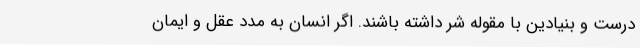
درست و بنیادین با مقوله شر داشته باشند. اگر انسان به مدد عقل و ایمان